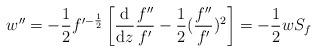
LaTeX: \begin{align*}w''=-\frac{1}{2}f'^{-\frac{1}{2}}\left[\frac{\mathrm{d}}{\mathrm{d}z}\frac{f''}{f'}-\frac{1}{2}(\frac{f''}{f'})^2\right]=-\frac{1}{2}wS_f\end{align*}